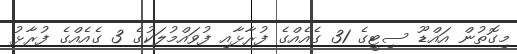
މިގޮތުން އައްޑޫ ސިޓީގެ 31 ގެއެއްގެ ފުރާޅާއި ފުވައްމުލަކުގެ 3 ގެއެއްގެ ފުރާޅު